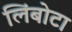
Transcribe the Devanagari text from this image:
लिंबोटा